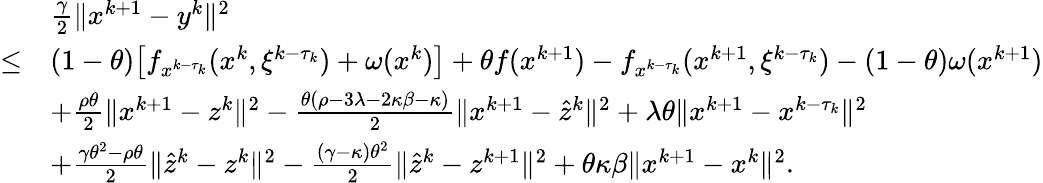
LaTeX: \begin{array}{rl}&{\frac{\gamma}{2}\| x^{k+1}-y^{k}\| ^{2}}\\ {\leq}&{(1-\theta)\big[f_{x^{k-\tau_{k}}}(x^{k},\xi^{k-\tau_{k}})+\omega(x^{k})\big]+\theta f(x^{k+1})-f_{x^{k-\tau_{k}}}(x^{k+1},\xi^{k-\tau_{k}})-(1-\theta)\omega(x^{k+1})}\\ &{+\frac{\rho\theta}{2}\| x^{k+1}-z^{k}\| ^{2}-\frac{\theta(\rho-3\lambda-2\kappa\beta-\kappa)}{2}\| x^{k+1}-\hat{z}^{k}\| ^{2}+\lambda\theta\| x^{k+1}-x^{k-\tau_{k}}\| ^{2}}\\ &{+\frac{\gamma\theta^{2}-\rho\theta}{2}\| \hat{z}^{k}-z^{k}\| ^{2}-\frac{(\gamma-\kappa)\theta^{2}}{2}\| \hat{z}^{k}-z^{k+1}\| ^{2}+\theta\kappa\beta\| x^{k+1}-x^{k}\| ^{2}.}\end{array}